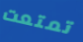
تمتعت